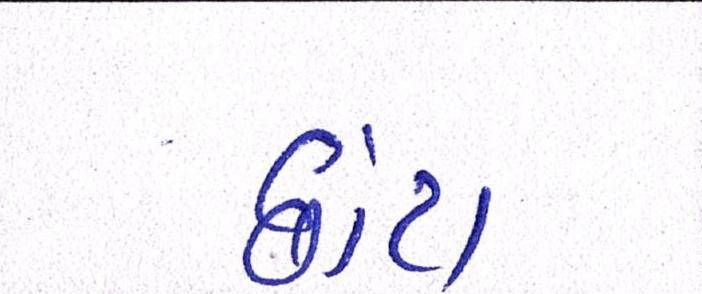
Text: છાંટા